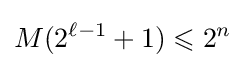
M(2^{\ell -1}+1)\leqslant 2^{n}